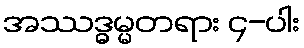
အဿဒ္ဓမ္မတရား ၄-ပါး